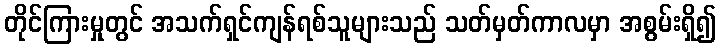
တိုင်ကြားမှုတွင် အသက်ရှင်ကျန်ရစ်သူများသည် သတ်မှတ်ကာလမှာ အစွမ်းရှိ၍